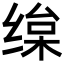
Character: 𦈒